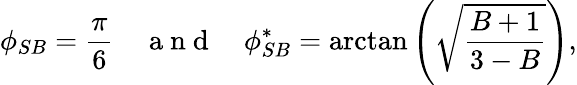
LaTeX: \phi_{SB}=\frac{\pi}{6}\quad\mathrm{~a~n~d~}\quad\phi_{SB}^{*}=\arctan{\left(\sqrt{\frac{B+1}{3-B}}\right)},